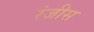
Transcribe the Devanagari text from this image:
रंजीस